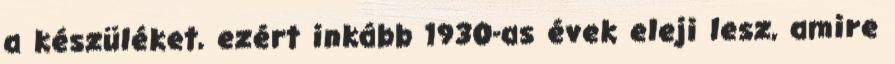
a készüléket, ezért inkább 1930-as évek eleji lesz, amire